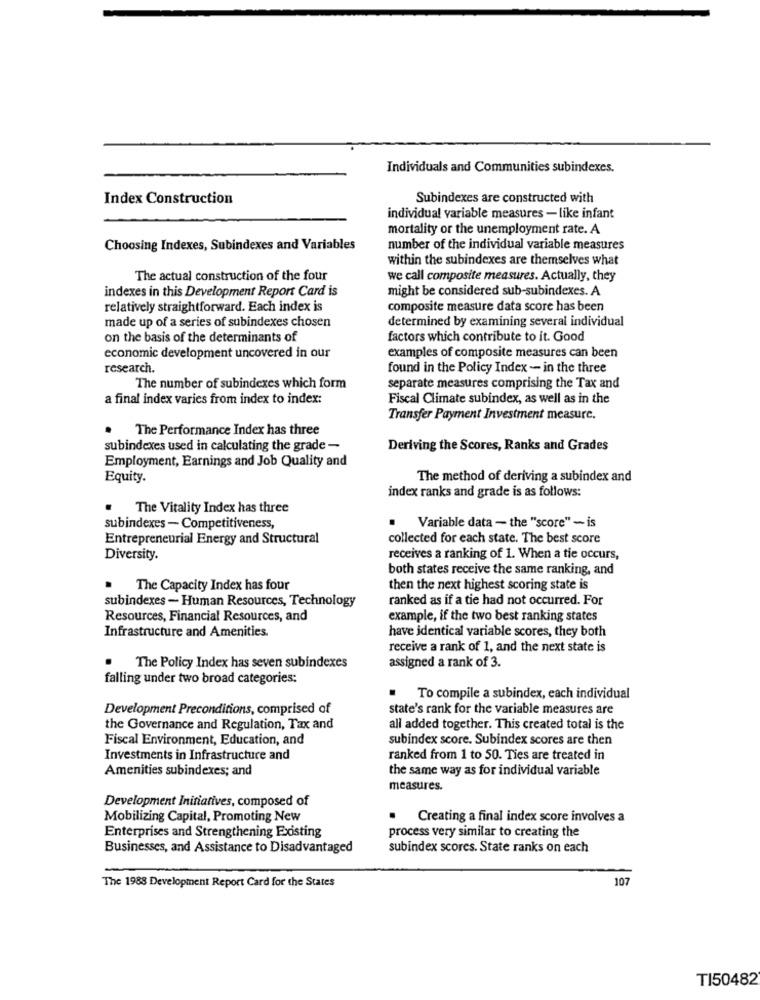
Individuals and Communities subindexes.
Index Construction
Subindexes are constructed with
individual variable measures - like infant
mortality or the unemployment rate. A
Choosing Indexes, Subindexes and Variables
number of the individual variable measures
within the subindexes are themselves what
The actual construction of the four
we call composite measures. Actually, they
indexes in this Development Report Card is
might be considered sub-subindexes. A
relatively straightforward. Each index is
composite measure data score has been
made up of a series of subindexes chosen
determined by examining several individual
on the basis of the determinants of
factors which contribute to it. Good
economic development uncovered in our
examples of composite measures can been
research.
found in the Policy Index -- in the three
The number of subindexes which form
separate measures comprising the Tax and
a final index varies from index to index:
Fiscal Climate subindex, as well as in the
Transfer Payment Investment measure.
The Performance Index has three
subindexes used in calculating the grade -
Deriving the Scores, Ranks and Grades
Employment, Earnings and Job Quality and
Equity.
The method of deriving a subindex and
index ranks and grade is as follows:
The Vitality Index has three
subindexes - Competitiveness,
. Variable data - the "score" - is
Entrepreneurial Energy and Structural
collected for each state. The best score
Diversity.
receives a ranking of 1. When a tie occurs,
both states receive the same ranking, and
The Capacity Index has four
then the next highest scoring state is
subindexes - Human Resources, Technology
ranked as if a tie had not occurred. For
Resources, Financial Resources, and
example, if the two best ranking states
Infrastructure and Amenities.
have identical variable scores, they both
receive a rank of 1, and the next state is
assigned a rank of 3.
The Policy Index has seven subindexes
falling under two broad categories:
To compile a subindex, each individual
Development Preconditions, comprised of
state's rank for the variable measures are
the Governance and Regulation, Tax and
all added together. This created total is the
Fiscal Environment, Education, and
subindex score. Subindex scores are then
Investments in Infrastructure and
ranked from 1 to 50. Ties are treated in
Amenities subindexes; and
the same way as for individual variable
measures.
Development Initiatives, composed of
Mobilizing Capital, Promoting New
Creating a final index score involves a
Enterprises and Strengthening Existing
process very similar to creating the
Businesses, and Assistance to Disadvantaged
subindex scores. State ranks on each
107
The 1988 Development Report Card for the States
TI50482